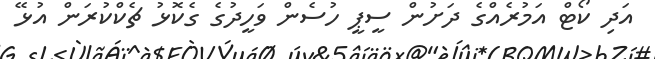
އަދި ކޯޓް އަމުރެއްގެ ދަށުން ސީޕީ ހުސެން ވަހީދުގެ ގެކޮޅު ޗެކްކުރަން އުޅޭ